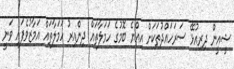
ޝީއީން ދިރިއުޅޭ ސަރަހައްދުތަކަށް އިއްޔެ ބޮމުގެ ހަމަލާތައް ދިންއިރު ހަމަލާތައް އަމާޒުވެފައި ވަނީ